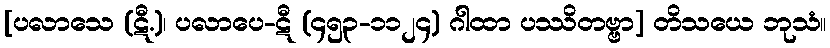
[ပလာသေ (ဋီ.)၊ ပလာပေ-ဋီ (၄၅၃-၁၁၂၄) ဂါထာ ပဿိတဗ္ဗာ] တိသယေ ဘုသံ။